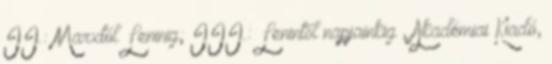
II.: Marxtól Leninig; III.: Lenintől napjainkig , Akadémiai Kiadó,